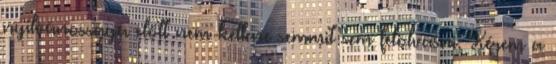
nyilvánossága előtt nem kellene semmit sem felolvasni. Kérem a